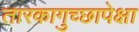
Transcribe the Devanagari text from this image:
तारकागुच्छापेक्षा